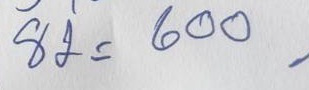
82 = 600